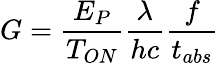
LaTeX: G=\frac{E_{P}}{T_{ON}}\frac{\lambda}{hc}\frac{f}{t_{abs}}